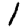
Digit: 1